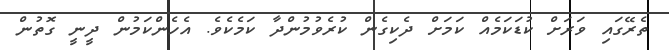
ތެރޭގައި ވަރަށް ކުޑަކަމެއް ކަމަށް ދެކިގެން ކުރެވުމުންދާ ކަމެކެވެ. އެހެންކަމުން ދީނީ ގޮތުން